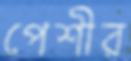
পেশীর